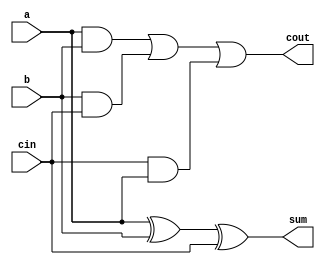
`timescale 1ns / 1ps
//////////////////////////////////////////////////////////////////////////////////
// Company: 
// Engineer: 
// 
// Design Name: 
// Module Name:    five_adder 
// Project Name: 
// Target Devices: 
// Tool versions: 
// Description: 
//
// Dependencies: 
//
// Revision: 
// Revision 0.01 - File Created
// Additional Comments: 
//
//////////////////////////////////////////////////////////////////////////////////
module full_adder(a, b, cin, sum, cout);
	 input a, b, cin;
	 output sum, cout;
	 assign sum = a^b^cin;
	 assign cout = (a & b) | (b & cin) | (cin & a);
endmodule

module five_adder(PB1, PB2, PB3, PB4, PB5, holder ,sum);
	input PB1,PB2, PB3, PB4, PB5;
	input [3:0] holder;
	reg [3:0] a,b,c,d,e;
	always @(posedge PB1) begin
		a[3:0] = holder[3:0];
	end
	always @(posedge PB2) begin
		b[3:0] = holder[3:0];
	end
	always @(posedge PB3) begin
		c[3:0] = holder[3:0];
	end
	always @(posedge PB4) begin
		d[3:0] = holder[3:0];
	end
	always @(posedge PB5) begin
		e[3:0] = holder[3:0];
	end
	output [6:0] sum;
	wire [4:0] x,y;
	wire [5:0] z;
	n_bit_adder #(4) A1(a,b,x); 
	n_bit_adder #(4) A2(c,d,y); 
	n_bit_adder #(5) A3(x,y,z); 
	n_bit_adder #(6) A4(z,{2'b00,e[3:0]},sum);
endmodule

module n_bit_adder(a,b,sum);
	parameter [4:0] BS=4;
	input [BS-1:0] a,b;
	output [BS:0] sum;
	wire [BS-1:0] carrymid;
	genvar i;
	generate
		full_adder FA0(a[0], b[0], 1'b0, sum[0], carrymid[1]);
		for(i=1;i<BS-1;i=i+1) begin:block_1
			full_adder FA0(a[i], b[i], carrymid[i], sum[i], carrymid[i+1]);
		end
		full_adder FA1(a[BS-1], b[BS-1], carrymid[BS-1], sum[BS-1], sum[BS]);
	endgenerate
endmodule